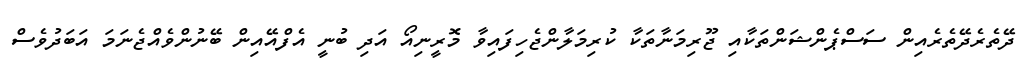
ދޭތެރެދޭތެރެއިން ސަސްޕެންޝަންތަކާއި ޖޫރިމަނާތަކާ ކުރިމަލާންޖެހިފައިވާ މޮރީނިއޯ އަދި ބުނީ އެފްއޭއިން ބޭނުންވެއްޖެނަމަ އަބަދުވެސް